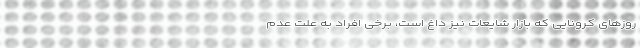
روزهای کرونایی که بازار شایعات نیز داغ است، برخی افراد به علت عدم